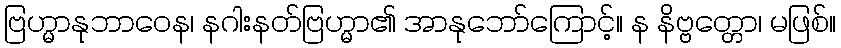
ဗြဟ္မာနုဘာဝေန၊ နဂါးနတ်ဗြဟ္မာ၏ အာနုဘော်ကြောင့်။ န နိဗ္ဗတ္တော၊ မဖြစ်။